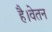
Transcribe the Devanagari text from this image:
है।वेतन